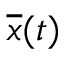
{ \overline { { x } } } ( t )